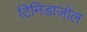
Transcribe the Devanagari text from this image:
टिनिडाज़ोल